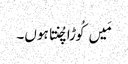
مَیں کُوڑا چُنتا ہوں۔